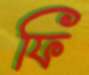
ফি